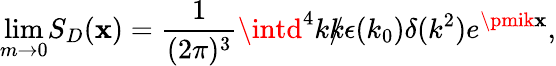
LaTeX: {\operatorname*{lim}_{m\rightarrow0}}S_{D}(\mathbf{x})={\frac{{1}}{{(2\pi)^{3}}}}\intd^{4}k{\rlap/{k}}{\epsilon}(k_{0}){\delta}(k^{2})e^{\pmik\mathbf{x}},